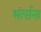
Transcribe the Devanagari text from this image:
भंर्त्सना